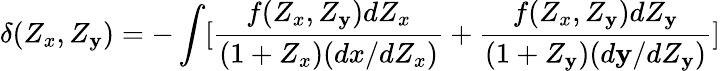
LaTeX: \delta(Z_{x},Z_{\mathbf{y}})=-\int[\frac{{f(Z_{x},Z_{\mathbf{y}})dZ_{x}}}{{(1+Z_{x})(dx/dZ_{x})}}+\frac{{f(Z_{x},Z_{\mathbf{y}})dZ_{\mathbf{y}}}}{{(1+Z_{\mathbf{y}})(d\mathbf{y}/dZ_{\mathbf{y}})}}]